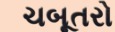
ચબૂતરો